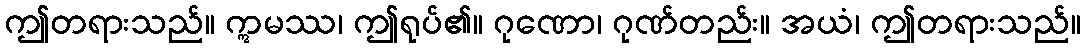
ဤတရားသည်။ ဣမဿ၊ ဤရုပ်၏။ ဂုဏော၊ ဂုဏ်တည်း။ အယံ၊ ဤတရားသည်။